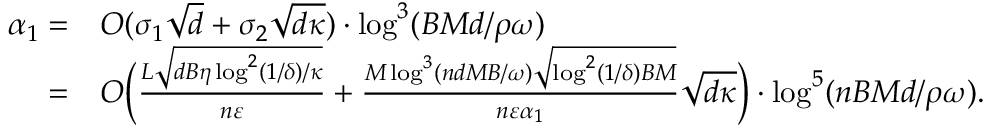
\begin{array} { r l } { \alpha _ { 1 } = } & { O ( \sigma _ { 1 } \sqrt { d } + \sigma _ { 2 } \sqrt { d \kappa } ) \cdot \log ^ { 3 } ( B M d / \rho \omega ) } \\ { = } & { O \Big ( \frac { L \sqrt { d B \eta \log ^ { 2 } ( 1 / \delta ) / \kappa } } { n \varepsilon } + \frac { M \log ^ { 3 } ( n d M B / \omega ) \sqrt { \log ^ { 2 } ( 1 / \delta ) B M } } { n \varepsilon \alpha _ { 1 } } \sqrt { d \kappa } \Big ) \cdot \log ^ { 5 } ( n B M d / \rho \omega ) . } \end{array}